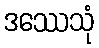
ဒဿေသုံ